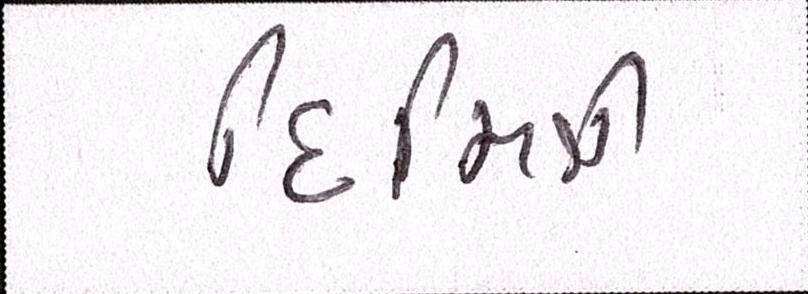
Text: દિમિત્રી